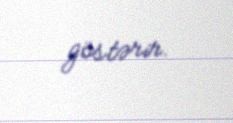
göstərir.